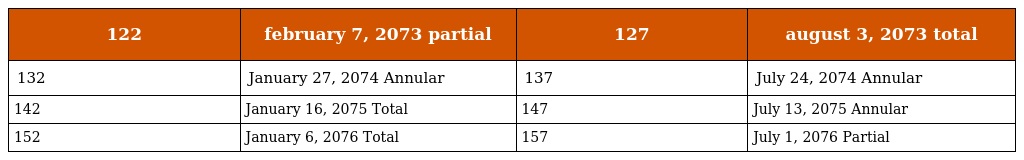
| 122 | february 7, 2073 partial | 127 | august 3, 2073 total |
 | --- | --- | --- | --- |
 | 132 | January 27, 2074 Annular | 137 | July 24, 2074 Annular |
 | 142 | January 16, 2075 Total | 147 | July 13, 2075 Annular |
 | 152 | January 6, 2076 Total | 157 | July 1, 2076 Partial |